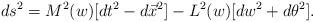
LaTeX: \begin{align*}ds^2 = M^2(w) [ dt^2 - d\vec{x}^2 ] - L^2(w) [ dw^2 + d\theta^2] .\end{align*}